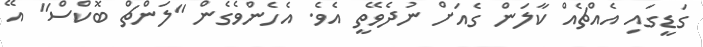
ގަޑީގައި އެއްޗެއް ކާލަން ގެއަށް ނުދެވޭތީ އެވެ. އެހެންވެގެން "ލަންޗް ބޮކްސް" އޭ